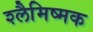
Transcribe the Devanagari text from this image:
श्लैमिष्मक